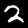
Label: 2